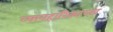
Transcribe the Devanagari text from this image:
व्यावहारिकाच्या